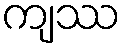
ကျဿ